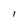
Character: 1